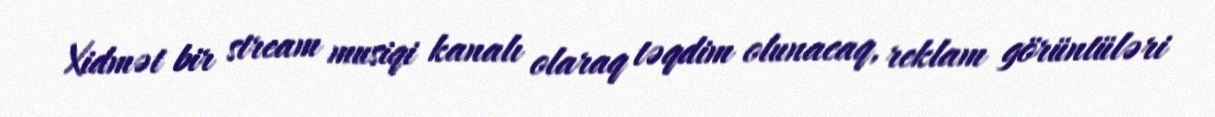
Xidmət bir stream musiqi kanalı olaraq təqdim olunacaq, reklam görüntüləri